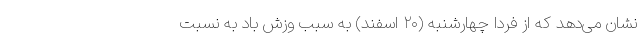
نشان می‌دهد که از فردا چهارشنبه (۲۰ اسفند) به سبب وزش باد به نسبت